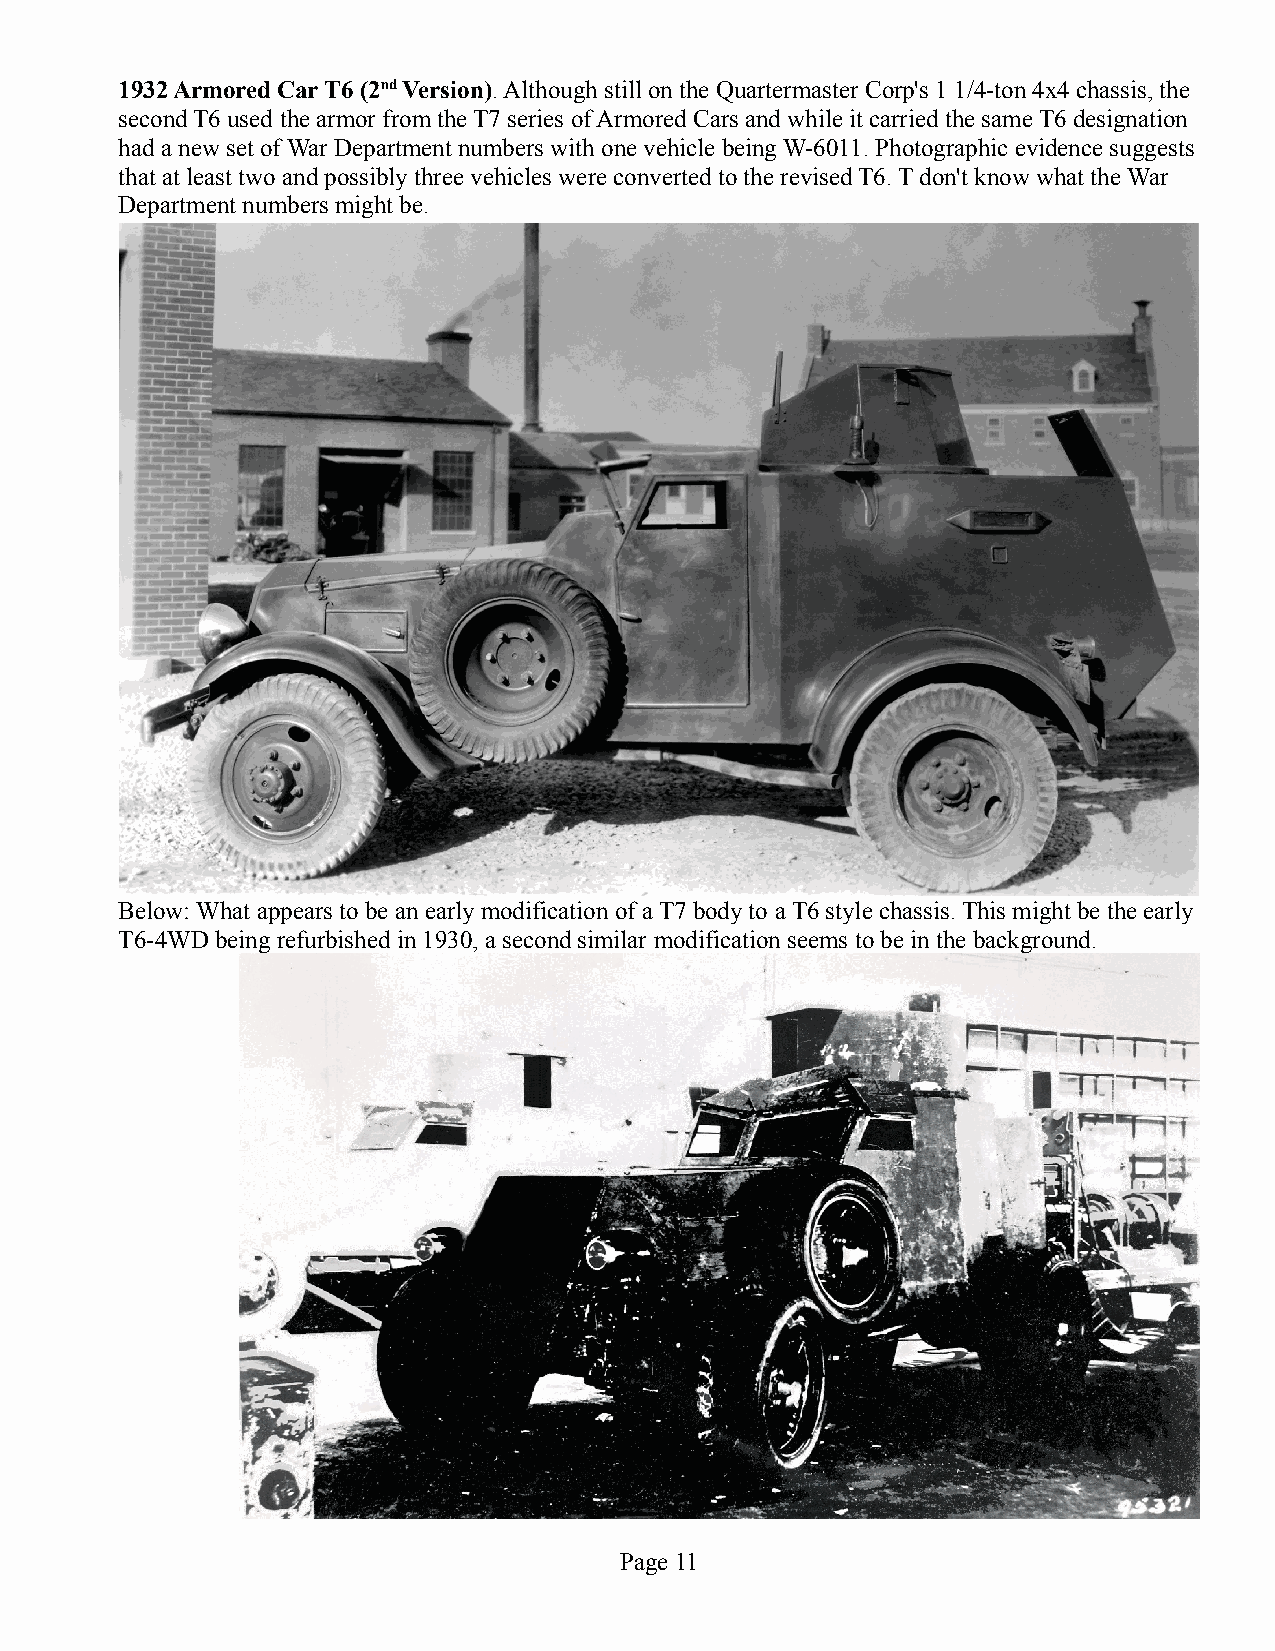
1932 Armored Car T6 (2nd Version). Although still on the Quartermaster Corp's 1 1/4-ton 4x4 chassis, the
 second T6 used the armor from the T7 series of Armored Cars and while it carried the same T6 designation
 had a new set of War Department numbers with one vehicle being W-6011. Photographic evidence suggests
 that at least two and possibly three vehicles were converted to the revised T6. T don't know what the War
 Department numbers might be.
 Below: What appears to be an early modification of a T7 body to a T6 style chassis. This might be the early
 T6-4WD being refurbished in 1930, a second similar modification seems to be in the background.
 Page 11